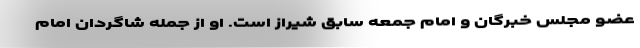
عضو مجلس خبرگان و امام جمعه سابق شیراز است. او از جمله شاگردان امام